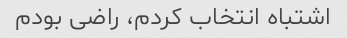
اشتباه انتخاب کردم، راضی بودم